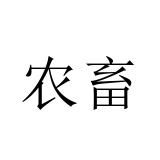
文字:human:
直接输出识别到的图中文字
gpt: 农畜